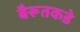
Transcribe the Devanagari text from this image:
बैरूतकडे